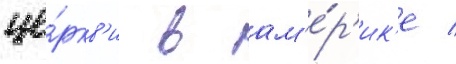
це́ркв'и в ам'е́р'ик'е /